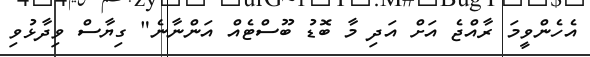
އެހެންވީމަ ރާއްޖެ އަށް އަދި މާ ބޮޑު ބޫސްޓެއް އަންނާނެ" ގިޔާސް ވިދާޅުވި